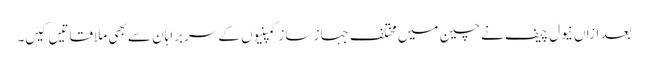
بعد ازاں نیول چیف نے چین میں مختلف جہاز ساز کمپنیوں کے سربراہان سے بھی ملاقاتیں کیں۔